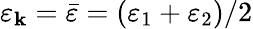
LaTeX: \varepsilon_{\mathbf{k}}=\bar{{\varepsilon}}=(\varepsilon_{1}+\varepsilon_{2})/2